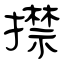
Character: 㩒